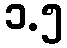
၁.၅